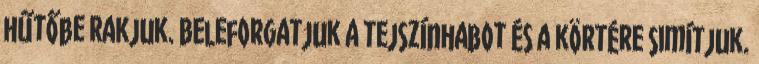
hűtőbe rakjuk. Beleforgatjuk a tejszínhabot és a körtére simítjuk.